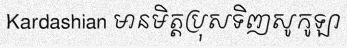
Kardashian មានមិត្តប្រុសទិញសូកូឡា